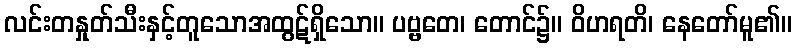
လင်းတနှုတ်သီးနှင့်တူသောအထွဋ်ရှိသော။ ပဗ္ဗတေ၊ တောင်၌။ ဝိဟရတိ၊ နေတော်မူ၏။